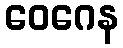
ဝေဂေန